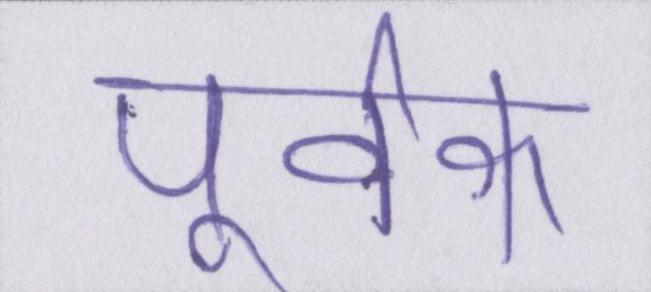
पूर्वक